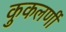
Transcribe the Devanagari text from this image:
कुकलर्णी